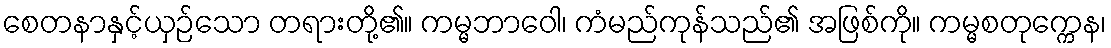
စေတနာနှင့်ယှဉ်သော တရားတို့၏။ ကမ္မဘာဝေါ၊ ကံမည်ကုန်သည်၏ အဖြစ်ကို။ ကမ္မစတုက္ကေန၊